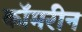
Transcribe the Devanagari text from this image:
कॉमरीन